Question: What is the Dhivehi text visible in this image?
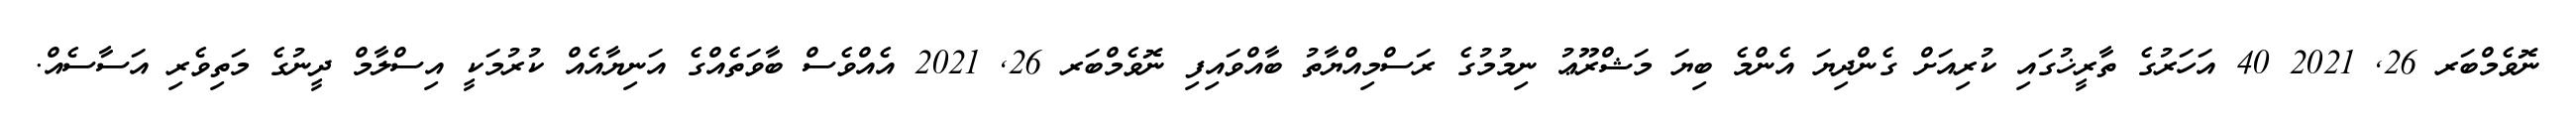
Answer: ނޮވެމްބަރ 26, 2021 40 އަހަރުގެ ތާރީޚުގައި ކުރިއަށް ގެންދިޔަ އެންމެ ބިޔަ މަޝްރޫޢު ނިމުމުގެ ރަސްމިއްޔާތު ބާއްވައިފި ނޮވެމްބަރ 26, 2021 އެއްވެސް ބާވަތެއްގެ އަނިޔާއެއް ކުރުމަކީ އިސްލާމް ދީނުގެ މަތިވެރި އަސާސެއް.